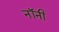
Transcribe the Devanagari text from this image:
नॉनी